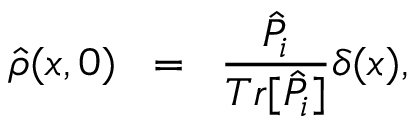
\hat { \rho } ( x , 0 ) \; \; = \; \; \frac { \hat { P } _ { i } } { T r [ \hat { P } _ { i } ] } \delta ( x ) ,